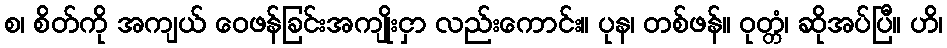
စ၊ စိတ်ကို အကျယ် ဝေဖန်ခြင်းအကျိုးငှာ လည်းကောင်း။ ပုန၊ တစ်ဖန်။ ဝုတ္တံ၊ ဆိုအပ်ပြီ။ ဟိ၊